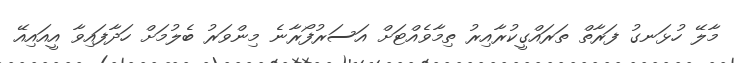
މާލޭ ހުޅަނގު ފަރާތް ތަރައްގީކުރާއިރު ތިމާވެއްޓަށް އަސަރުފޯރާނެ މިންވަރު ބެލުމަށް ހަދާފައިވާ އީއައިއޭ